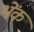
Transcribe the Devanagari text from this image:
थेंक